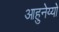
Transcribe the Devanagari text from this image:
आहुनेय्यो